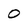
Character: O